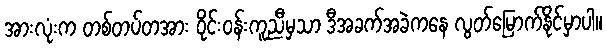
အားလုံးက တစ်တပ်တအား ဝိုင်းဝန်းကူညီမှသာ ဒီအခက်အခဲကနေ လွတ်မြောက်နိုင်မှာပါ။